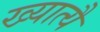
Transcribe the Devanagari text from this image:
ख्यात्यै